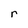
Character: r